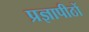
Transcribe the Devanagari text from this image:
प्रज्ञापीठों